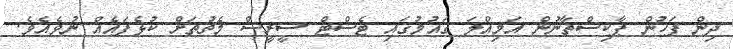
ދިން ފަހުން ޕާކިސްތާނުން އަމިއްލަ ގައުމުގައި ޓެސްޓް ސީރީސް މެޗުތަށް ކުޅެފައެއް ނުވެއެވެ.